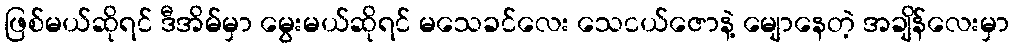
ဖြစ်မယ်ဆိုရင် ဒီအိမ်မှာ မွေးမယ်ဆိုရင် မသေခင်လေး သေငယ်ဇောနဲ့ မျောနေတဲ့ အချိန်လေးမှာ